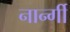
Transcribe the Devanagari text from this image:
नार्न्गी